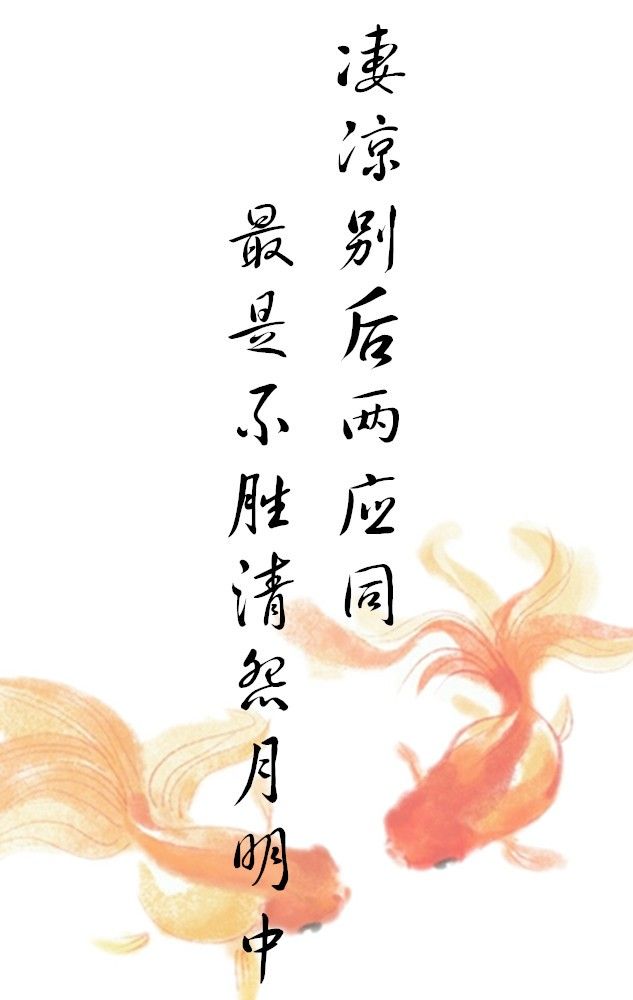
凄凉别后两应同，最是不胜清怨月明中。